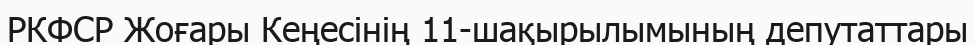
РКФСР Жоғары Кеңесінің 11-шақырылымының депутаттары